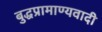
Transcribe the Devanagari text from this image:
बुद्धप्रामाण्यवादी